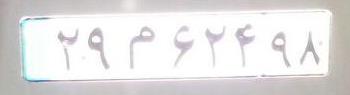
۲۹م۶۲۴۹۸